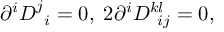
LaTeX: \partial ^ { i } D _ { \; \; i } ^ { j } = 0 , \; 2 \partial ^ { i } D _ { \; \; i j } ^ { k l } = 0 ,